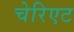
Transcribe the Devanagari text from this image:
चेरिएट